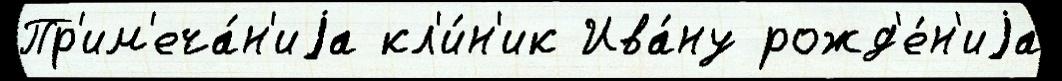
Пр'им'еча́н'иjа кл'и́н'ик Ива́ну рожд'е́н'иjа